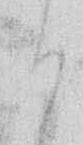
り